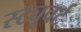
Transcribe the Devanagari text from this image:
स्ट्यूवर्ट